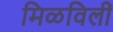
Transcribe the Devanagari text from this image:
मिळविलीं